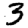
Digit: 3